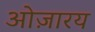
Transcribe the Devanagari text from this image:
ओज़ारय